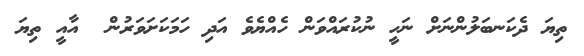
ތިޔަ ދެކަނބަލުންނަށް ނަހީ ނުކުރައްވަން ހެއްޔެވެ އަދި ހަމަކަށަވަރުން  އާއީ ތިޔަ